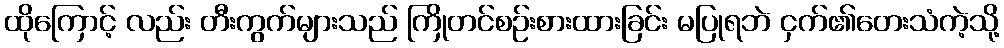
ထိုကြောင့် လည်း တီးကွက်များသည် ကြိုတင်စဉ်းစားထားခြင်း မပြုရဘဲ ငှက်၏တေးသံကဲ့သို့